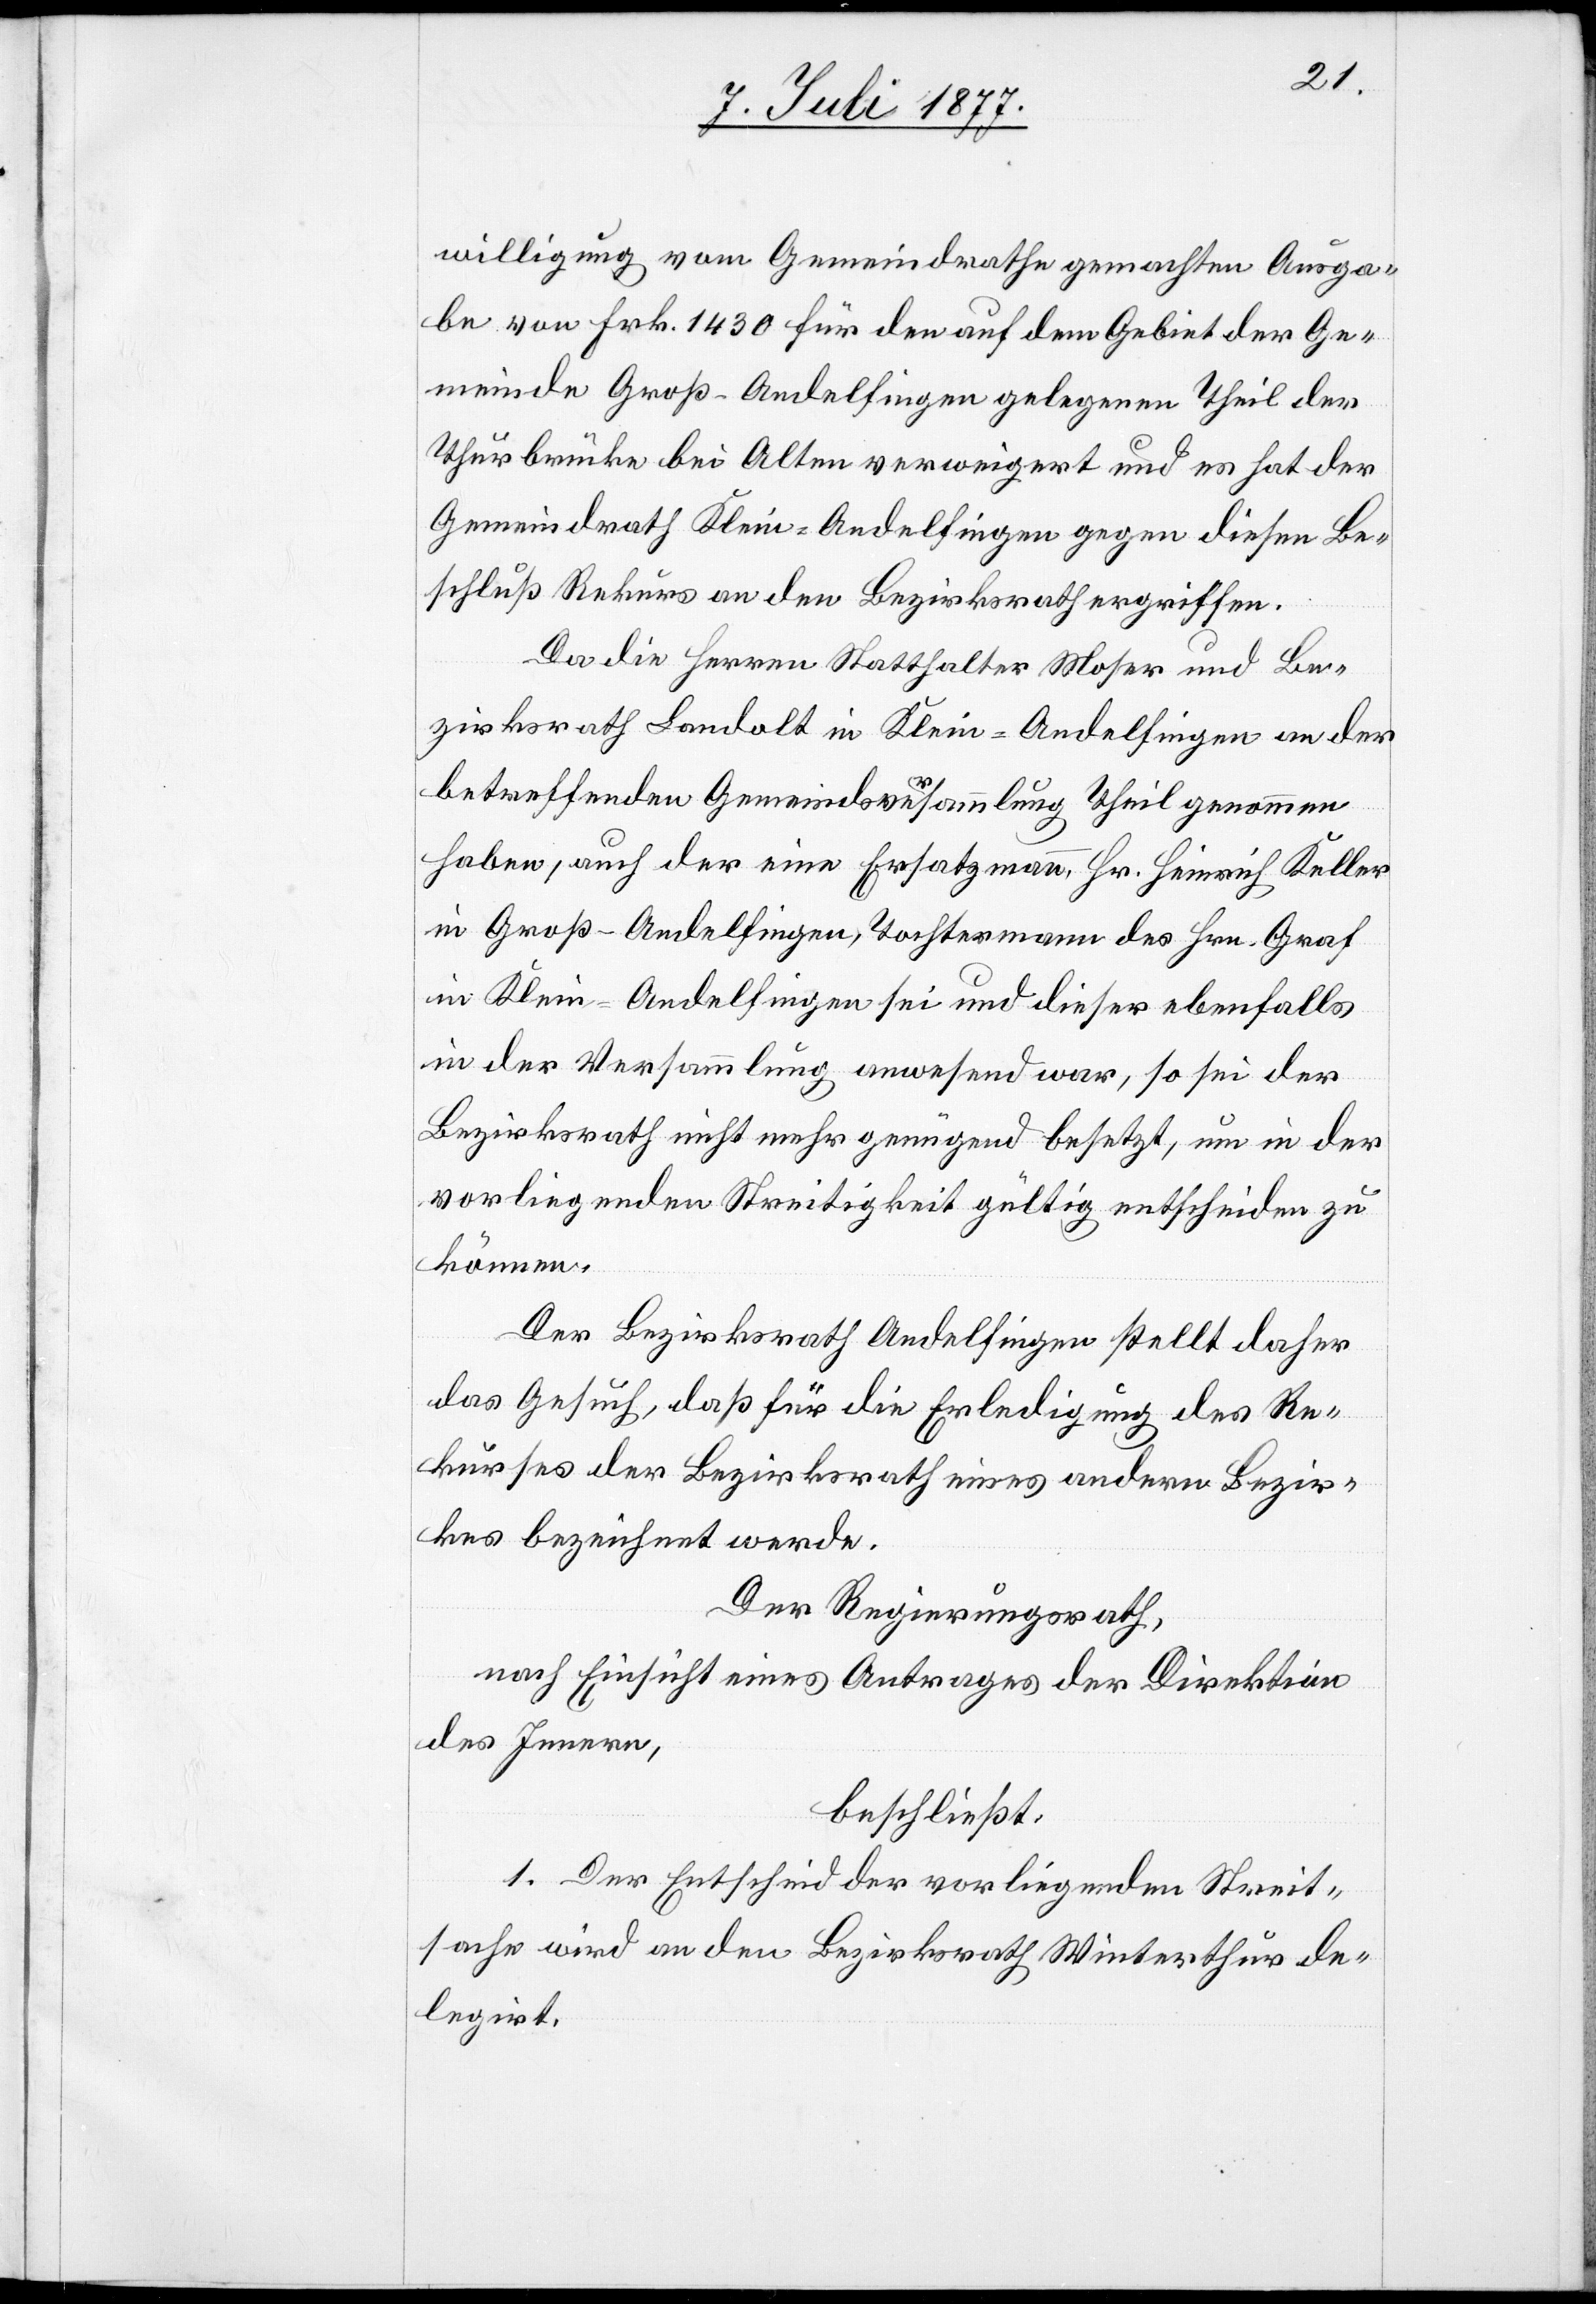
willigung vom Gemeindrathe gemachten Ausga¬
be von Frk. 1430 für den auf dem Gebiet der Ge¬
meinde Groß-Andelfingen gelegenen Theil der
Thurbrücke bei Alten verweigert und es hat der
Gemeindrath Klein-Andelfingen gegen diesen Be¬
schluß Rekurs an den Bezirksrath ergriffen.
Da die Herren Statthalter Moser und Be¬
zirksrath Landolt in Klein-Andelfingen an der
betreffenden Gemeindsversammlung Theil genommen
haben, auch der eine Ersatzmann, Hr. Heinrich Keller
in Groß-Andelfingen, Tochtermann des Hrn. Graf
in Klein-Andelfingen sei und dieser ebenfalls
in der Versammlung anwesend war, so sei der
Bezirksrath nicht mehr genügend besetzt, um in der
vorliegenden Streitigkeit gültig entscheiden zu
können.
Der Bezirksrath Andelfingen stellt daher
das Gesuch, daß für die Erledigung des Re¬
kurses der Bezirksrath eines andern Bezir¬
kes bezeichnet werde.
Der Regierungsrath,
nach Einsicht eines Antrages der Direktion
des Innern,
beschließt:
1. Der Entscheid der vorliegenden Streit¬
sache wird an den Bezirksrath Winterthur de¬
legirt.